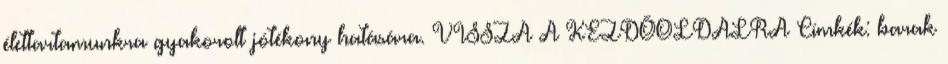
élettartamunkra gyakorolt jótékony hatására. VISSZA A KEZDŐOLDALRA Címkék: barak